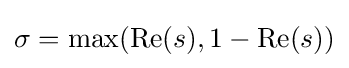
\sigma =\max(\operatorname {Re} (s),1-\operatorname {Re} (s))